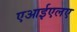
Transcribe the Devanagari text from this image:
एआईएलए